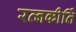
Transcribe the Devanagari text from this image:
रत्‍नकीर्ति